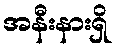
အနီးနားရှိ